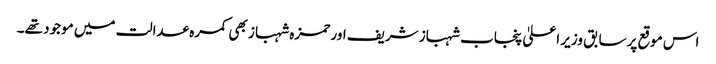
اس موقع پرسابق وزیر اعلیٰ پنجاب شہباز شریف اور حمزہ شہباز بھی کمرہ عدالت میں موجود تھے۔